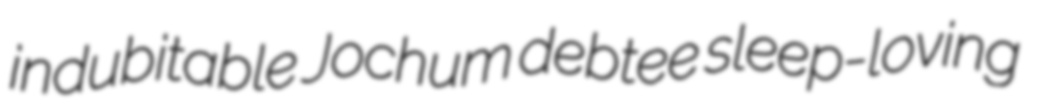
indubitable Jochum debtee sleep-loving